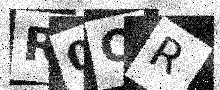
Text: R0OR